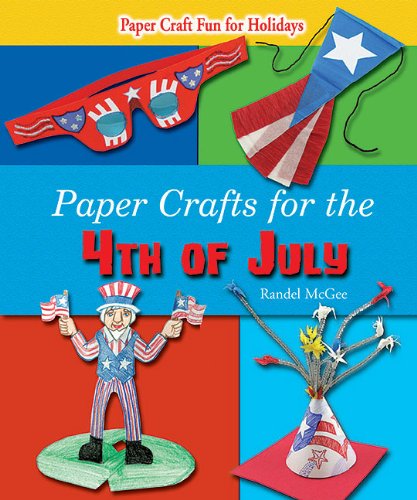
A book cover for Paper Crafts for the 4th of July (Paper Craft Fun for Holidays); Randel McGee; Children's Books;